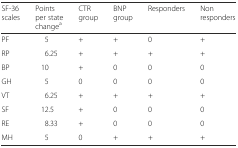
<table><thead><tr><td><b>SF-36 scales</b></td><td><b>Points per state change<sup>a</sup></b></td><td><b>CTR group</b></td><td><b>BNP group</b></td><td><b>Responders</b></td><td><b>Non responders</b></td></tr></thead><tbody><tr><td>PF</td><td>5</td><td>+</td><td>+</td><td>0</td><td>+</td></tr><tr><td>RP</td><td>6.25</td><td>+</td><td>+</td><td>+</td><td>+</td></tr><tr><td>BP</td><td>10</td><td>+</td><td>0</td><td>0</td><td>0</td></tr><tr><td>GH</td><td>5</td><td>0</td><td>0</td><td>0</td><td>0</td></tr><tr><td>VT</td><td>6.25</td><td>+</td><td>+</td><td>+</td><td>+</td></tr><tr><td>SF</td><td>12.5</td><td>+</td><td>0</td><td>0</td><td>0</td></tr><tr><td>RE</td><td>8.33</td><td>+</td><td>0</td><td>0</td><td>0</td></tr><tr><td>MH</td><td>5</td><td>0</td><td>+</td><td>+</td><td>+</td></tr></tbody></table>